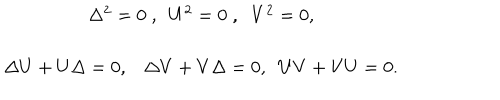
\begin{array} { c c } { { \Delta ^ { 2 } = 0 \; , \; \; U ^ { 2 } = 0 \; , \; \; V ^ { 2 } = 0 , } } & { { } } \\ { { } } & { { } } \\ { { \Delta U + U \Delta = 0 , \Delta V + V \Delta = 0 , \; \; U V + V U = 0 . } } & { { } } \\ \end{array}